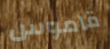
قاموس